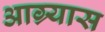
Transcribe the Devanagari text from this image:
आग्र्यास